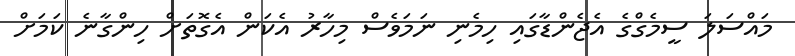
މައްސަލަ ސީމެގްގެ އެޖެންޑާގައި ހިމެނި ނަމަވެސް މިހާރު އެކަން އެގޮތަށް ހިންގާނެ ކަމަށް